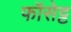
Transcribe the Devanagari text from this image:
फॉसेट्ट